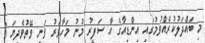
މި ބައްދަލުކުރެއްވުމުގައި އިންޑިއާގެ އާ ސަފީރު މުނު މަހާވަރު ވަނީ ވޭތުވެދިޔަ 3